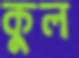
কুল